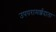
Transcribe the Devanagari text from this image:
उपपरामर्शदाता